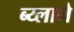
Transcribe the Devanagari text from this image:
ब्य्लाने